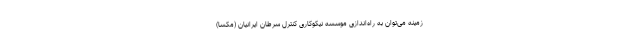
زمینه می‌توان به راه‌اندازی موسسه نیکوکاری کنترل سرطان ایرانیان (مکسا)